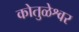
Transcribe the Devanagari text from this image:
कोतुळेश्वर